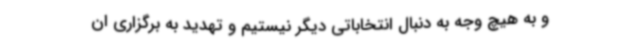
و به هیچ وجه به دنبال انتخاباتی دیگر نیستیم و تهدید به برگزاری ان